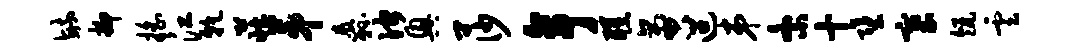
毓抑摇江干庄第纛伫兴莎亭醺啻迢弟紊十堕塞瓴云